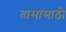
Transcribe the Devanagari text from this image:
तासासाठी